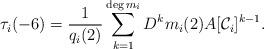
LaTeX: \begin{align*} \tau_i(-6) &= \frac{1}{q_i(2)} \sum_{k=1}^{\deg m_i} D^k m_i(2) A[\mathcal C_i]^{k-1}.\end{align*}